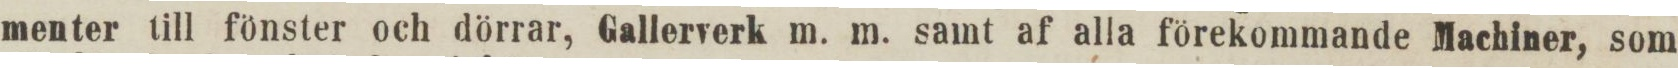
menter till fönster och dörrar, Gallerverk m. m. samt af alla förekommande Machiner, som